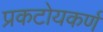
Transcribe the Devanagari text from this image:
प्रकटोयकर्ण